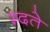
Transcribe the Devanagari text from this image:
म्दते